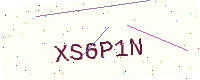
Text: XS6P1N